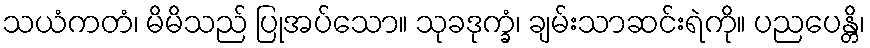
သယံကတံ၊ မိမိသည် ပြုအပ်သော။ သုခဒုက္ခံ၊ ချမ်းသာဆင်းရဲကို။ ပညပေန္တိ၊